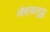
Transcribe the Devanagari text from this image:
ओसाकासुद्धा